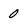
Character: 0